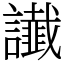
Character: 䜟